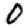
Digit: 0